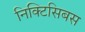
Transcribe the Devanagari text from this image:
निक्टिसिबस